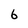
Character: 6